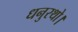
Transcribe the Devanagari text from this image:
धनुरथो।